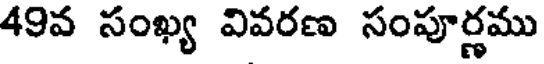
49వ సంఖ్య వివరణ సంపూర్ణము